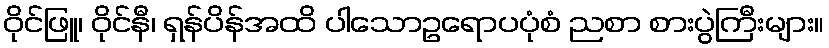
ဝိုင်ဖြူ၊ ဝိုင်နီ၊ ရှန်ပိန်အထိ ပါသောဥရောပပုံစံ ညစာ စားပွဲကြီးများ။